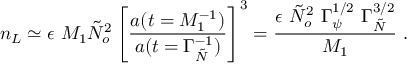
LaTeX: n _ { L } \simeq \epsilon ~ M _ { 1 } \tilde { N } _ { o } ^ { 2 } \left[ { \frac { a ( t = M _ { 1 } ^ { - 1 } ) } { a ( t = \Gamma _ { \tilde { N } } ^ { - 1 } ) } } \right] ^ { 3 } = { \frac { \epsilon ~ \tilde { N } _ { o } ^ { 2 } ~ \Gamma _ { \psi } ^ { 1 / 2 } ~ \Gamma _ { \tilde { N } } ^ { 3 / 2 } } { M _ { 1 } } } ~ .